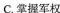
C.掌握军权